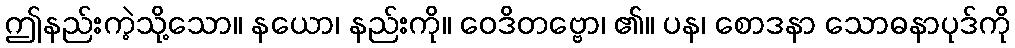
ဤနည်းကဲ့သို့သော။ နယော၊ နည်းကို။ ဝေဒိတဗ္ဗော၊ ၏။ ပန၊ စောဒနာ သောဓနာပုဒ်ကို